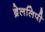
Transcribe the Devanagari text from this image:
ब्रेललिपी